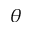
\displaystyle \theta